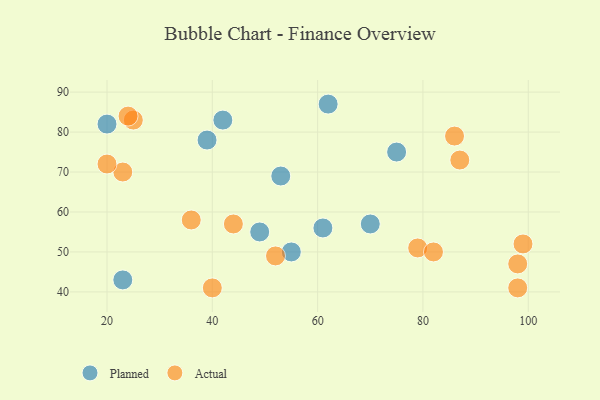
{"axis": {"x": "GDP", "y": "Life Expectancy"}, "legend": ["Actual", "Planned"], "data": [{"x": "23", "y": 43, "type": "Planned"}, {"x": "55", "y": 50, "type": "Planned"}, {"x": "62", "y": 87, "type": "Planned"}, {"x": "49", "y": 55, "type": "Planned"}, {"x": "20", "y": 82, "type": "Planned"}, {"x": "53", "y": 69, "type": "Planned"}, {"x": "70", "y": 57, "type": "Planned"}, {"x": "75", "y": 75, "type": "Planned"}, {"x": "42", "y": 83, "type": "Planned"}, {"x": "61", "y": 56, "type": "Planned"}, {"x": "39", "y": 78, "type": "Planned"}, {"x": "44", "y": 57, "type": "Actual"}, {"x": "36", "y": 58, "type": "Actual"}, {"x": "52", "y": 49, "type": "Actual"}, {"x": "40", "y": 41, "type": "Actual"}, {"x": "79", "y": 51, "type": "Actual"}, {"x": "98", "y": 41, "type": "Actual"}, {"x": "98", "y": 47, "type": "Actual"}, {"x": "87", "y": 73, "type": "Actual"}, {"x": "23", "y": 70, "type": "Actual"}, {"x": "99", "y": 52, "type": "Actual"}, {"x": "86", "y": 79, "type": "Actual"}, {"x": "25", "y": 83, "type": "Actual"}, {"x": "20", "y": 72, "type": "Actual"}, {"x": "82", "y": 50, "type": "Actual"}, {"x": "24", "y": 84, "type": "Actual"}]}